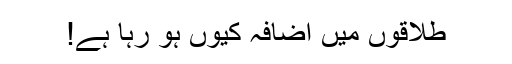
طلاقوں میں اضافہ کیوں ہو رہا ہے!